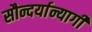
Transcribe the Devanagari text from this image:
सौन्दर्यान्यागी